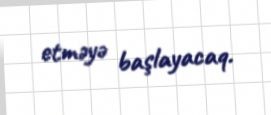
etməyə başlayacaq.